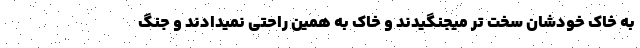
به خاک خودشان سخت تر میجنگیدند و خاک به همین راحتی نمیدادند و جنگ